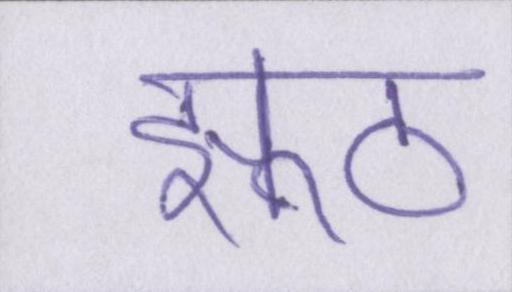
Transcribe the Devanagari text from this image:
झूठ